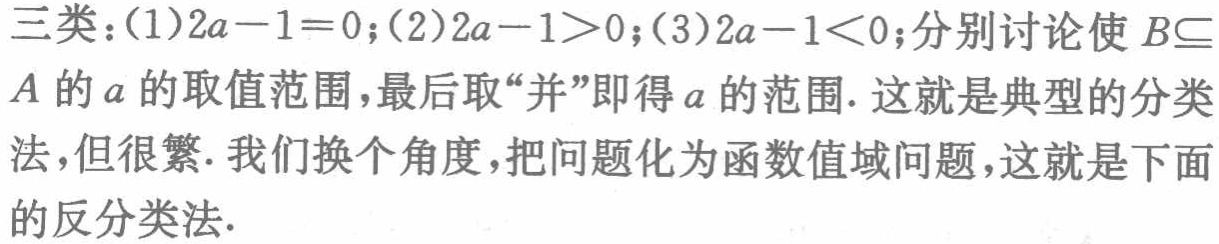
三类：(1)\(2a - 1 = 0\);(2)\(2a - 1 > 0\);(3)\(2a - 1 < 0\);分别讨论使 \(B\subseteq A\) 的 \(a\) 的取值范围，最后取“并”即得 \(a\) 的范围. 这就是典型的分类法，但很繁. 我们换个角度，把问题化为函数值域问题，这就是下面的反分类法.